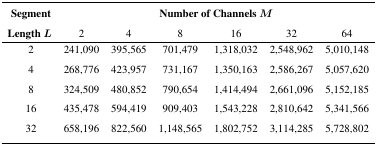
| Segment | <COLSPAN=6> Number of Channels M |
 | Length L | 2 | 4 | 8 | 16 | 32 | 64 |
 | --- | --- | --- | --- | --- | --- | --- |
 | 2 | 241,090 | 395,565 | 701,479 | 1,318,032 | 2,548,962 | 5,010,148 |
 | 4 | 268,776 | 423,957 | 731,167 | 1,350,163 | 2,586,267 | 5,057,620 |
 | 8 | 324,509 | 480,852 | 790,654 | 1,414,494 | 2,661,096 | 5,152,185 |
 | 16 | 435,478 | 594,419 | 909,403 | 1,543,228 | 2,810,642 | 5,341,566 |
 | 32 | 658,196 | 822,560 | 1,148,565 | 1,802,752 | 3,114,285 | 5,728,802 |